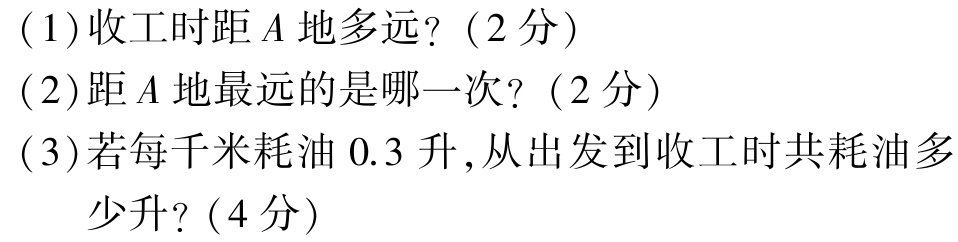
(1)收工时距\(A\)地多远？（2分）

(2)距\(A\)地最远的是哪一次？（2分）

(3)若每千米耗油\(0.3\)升，从出发到收工时共耗油多少升？（4分）